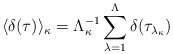
\begin{align*}\langle \delta(\tau)\rangle_{\kappa} = \Lambda^{-1} _\kappa \sum_{\lambda =1}^\Lambda\delta(\tau_{\lambda_{\kappa}})\end{align*}